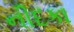
નીદકા